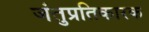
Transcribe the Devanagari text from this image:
जंतुप्रतिकारक